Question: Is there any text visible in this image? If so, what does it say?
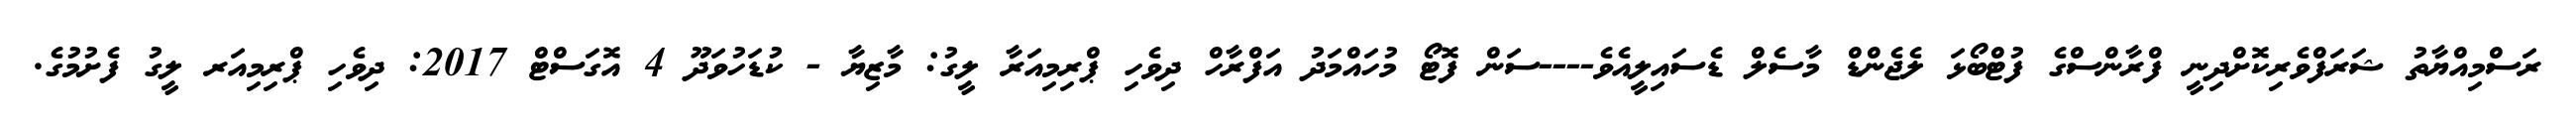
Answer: ރަސްމިއްޔާތު ޝަރަފްވެރިކޮށްދިނީ ފްރާންސްގެ ފުޓްބޯޅަ ލެޖެންޑް މާސެލް ޑެސައިލީއެވެ----ސަން ފޮޓޯ މުހައްމަދު އަފްރާހް ދިވެހި ޕްރިމިއަރާ ލީގު: މާޒިޔާ - ކުޑަހުވަދޫ 4 އޮގަސްޓް 2017: ދިވެހި ޕްރިމިއަރ ލީގު ފެށުމުގެ.